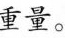
重量。